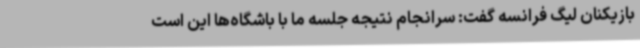
بازیکنان لیگ فرانسه گفت: سرانجام نتیجه جلسه ما با باشگاه‌ها این است